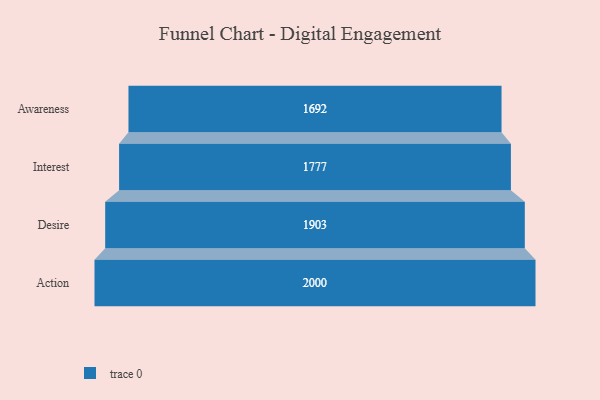
{"axis": {"x": "Stage", "y": "Value"}, "legend": [""], "data": [{"x": "Awareness", "y": 1692.0, "type": ""}, {"x": "Interest", "y": 1777.0, "type": ""}, {"x": "Desire", "y": 1903.0, "type": ""}, {"x": "Action", "y": 2000, "type": ""}]}